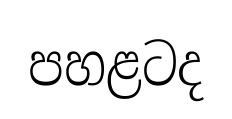
පහළටද